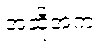
အဆိုအက